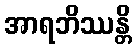
အာရဘိဿန္တိ